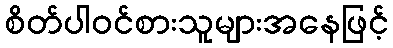
စိတ်ပါဝင်စားသူများအနေဖြင့်